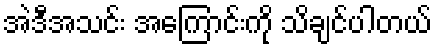
အဲဒီအသင်း အကြောင်းကို သိချင်ပါတယ်